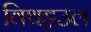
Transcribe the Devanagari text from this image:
विथड्रउल